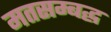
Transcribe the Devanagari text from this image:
मतसम्बद्ध